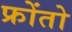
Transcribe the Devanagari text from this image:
फ्रोंतो